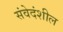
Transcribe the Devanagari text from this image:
संवेदंशील